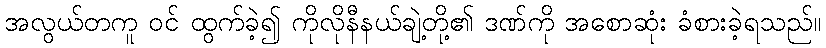
အလွယ်တကူ ဝင် ထွက်ခဲ့၍ ကိုလိုနီနယ်ချဲ့တို့၏ ဒဏ်ကို အစောဆုံး ခံစားခဲ့ရသည်။